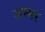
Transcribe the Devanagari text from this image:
जन्मर